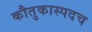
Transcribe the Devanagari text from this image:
कौतुकास्पदच